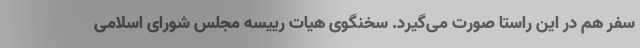
سفر هم در این راستا صورت می‌گیرد. سخنگوی هیات رییسه مجلس شورای اسلامی